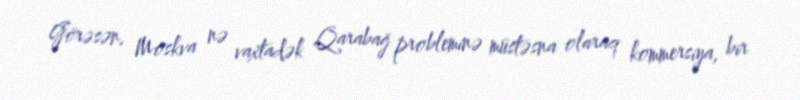
Görəsən, Moskva nə vaxtadək Qarabağ probleminə müstəsna olaraq kommersiya, bir